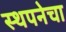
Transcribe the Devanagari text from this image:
स्थपनेचा